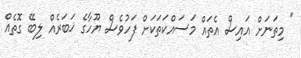
" މިތަނަށް އައިސް އެތައް މަސައްކަތަކަށް ފަހުވެސް ޔޫހާގެ ޚަބަރެއް ލިބޭ ގޮތެއް